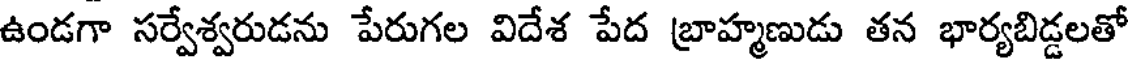
ఉండగా సర్వేశ్వరుడను పేరుగల విదేశ పేద బ్రాహ్మణుడు తన భార్యబిడ్డలతో